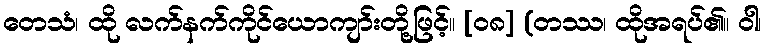
တေသံ၊ ထို လက်နက်ကိုင်ယောကျာ်းတို့ဖြင့်။ [၀၈] (တဿ၊ ထိုအရပ်၏။ ဝါ၊